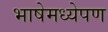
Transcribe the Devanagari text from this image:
भाषेमध्येपण